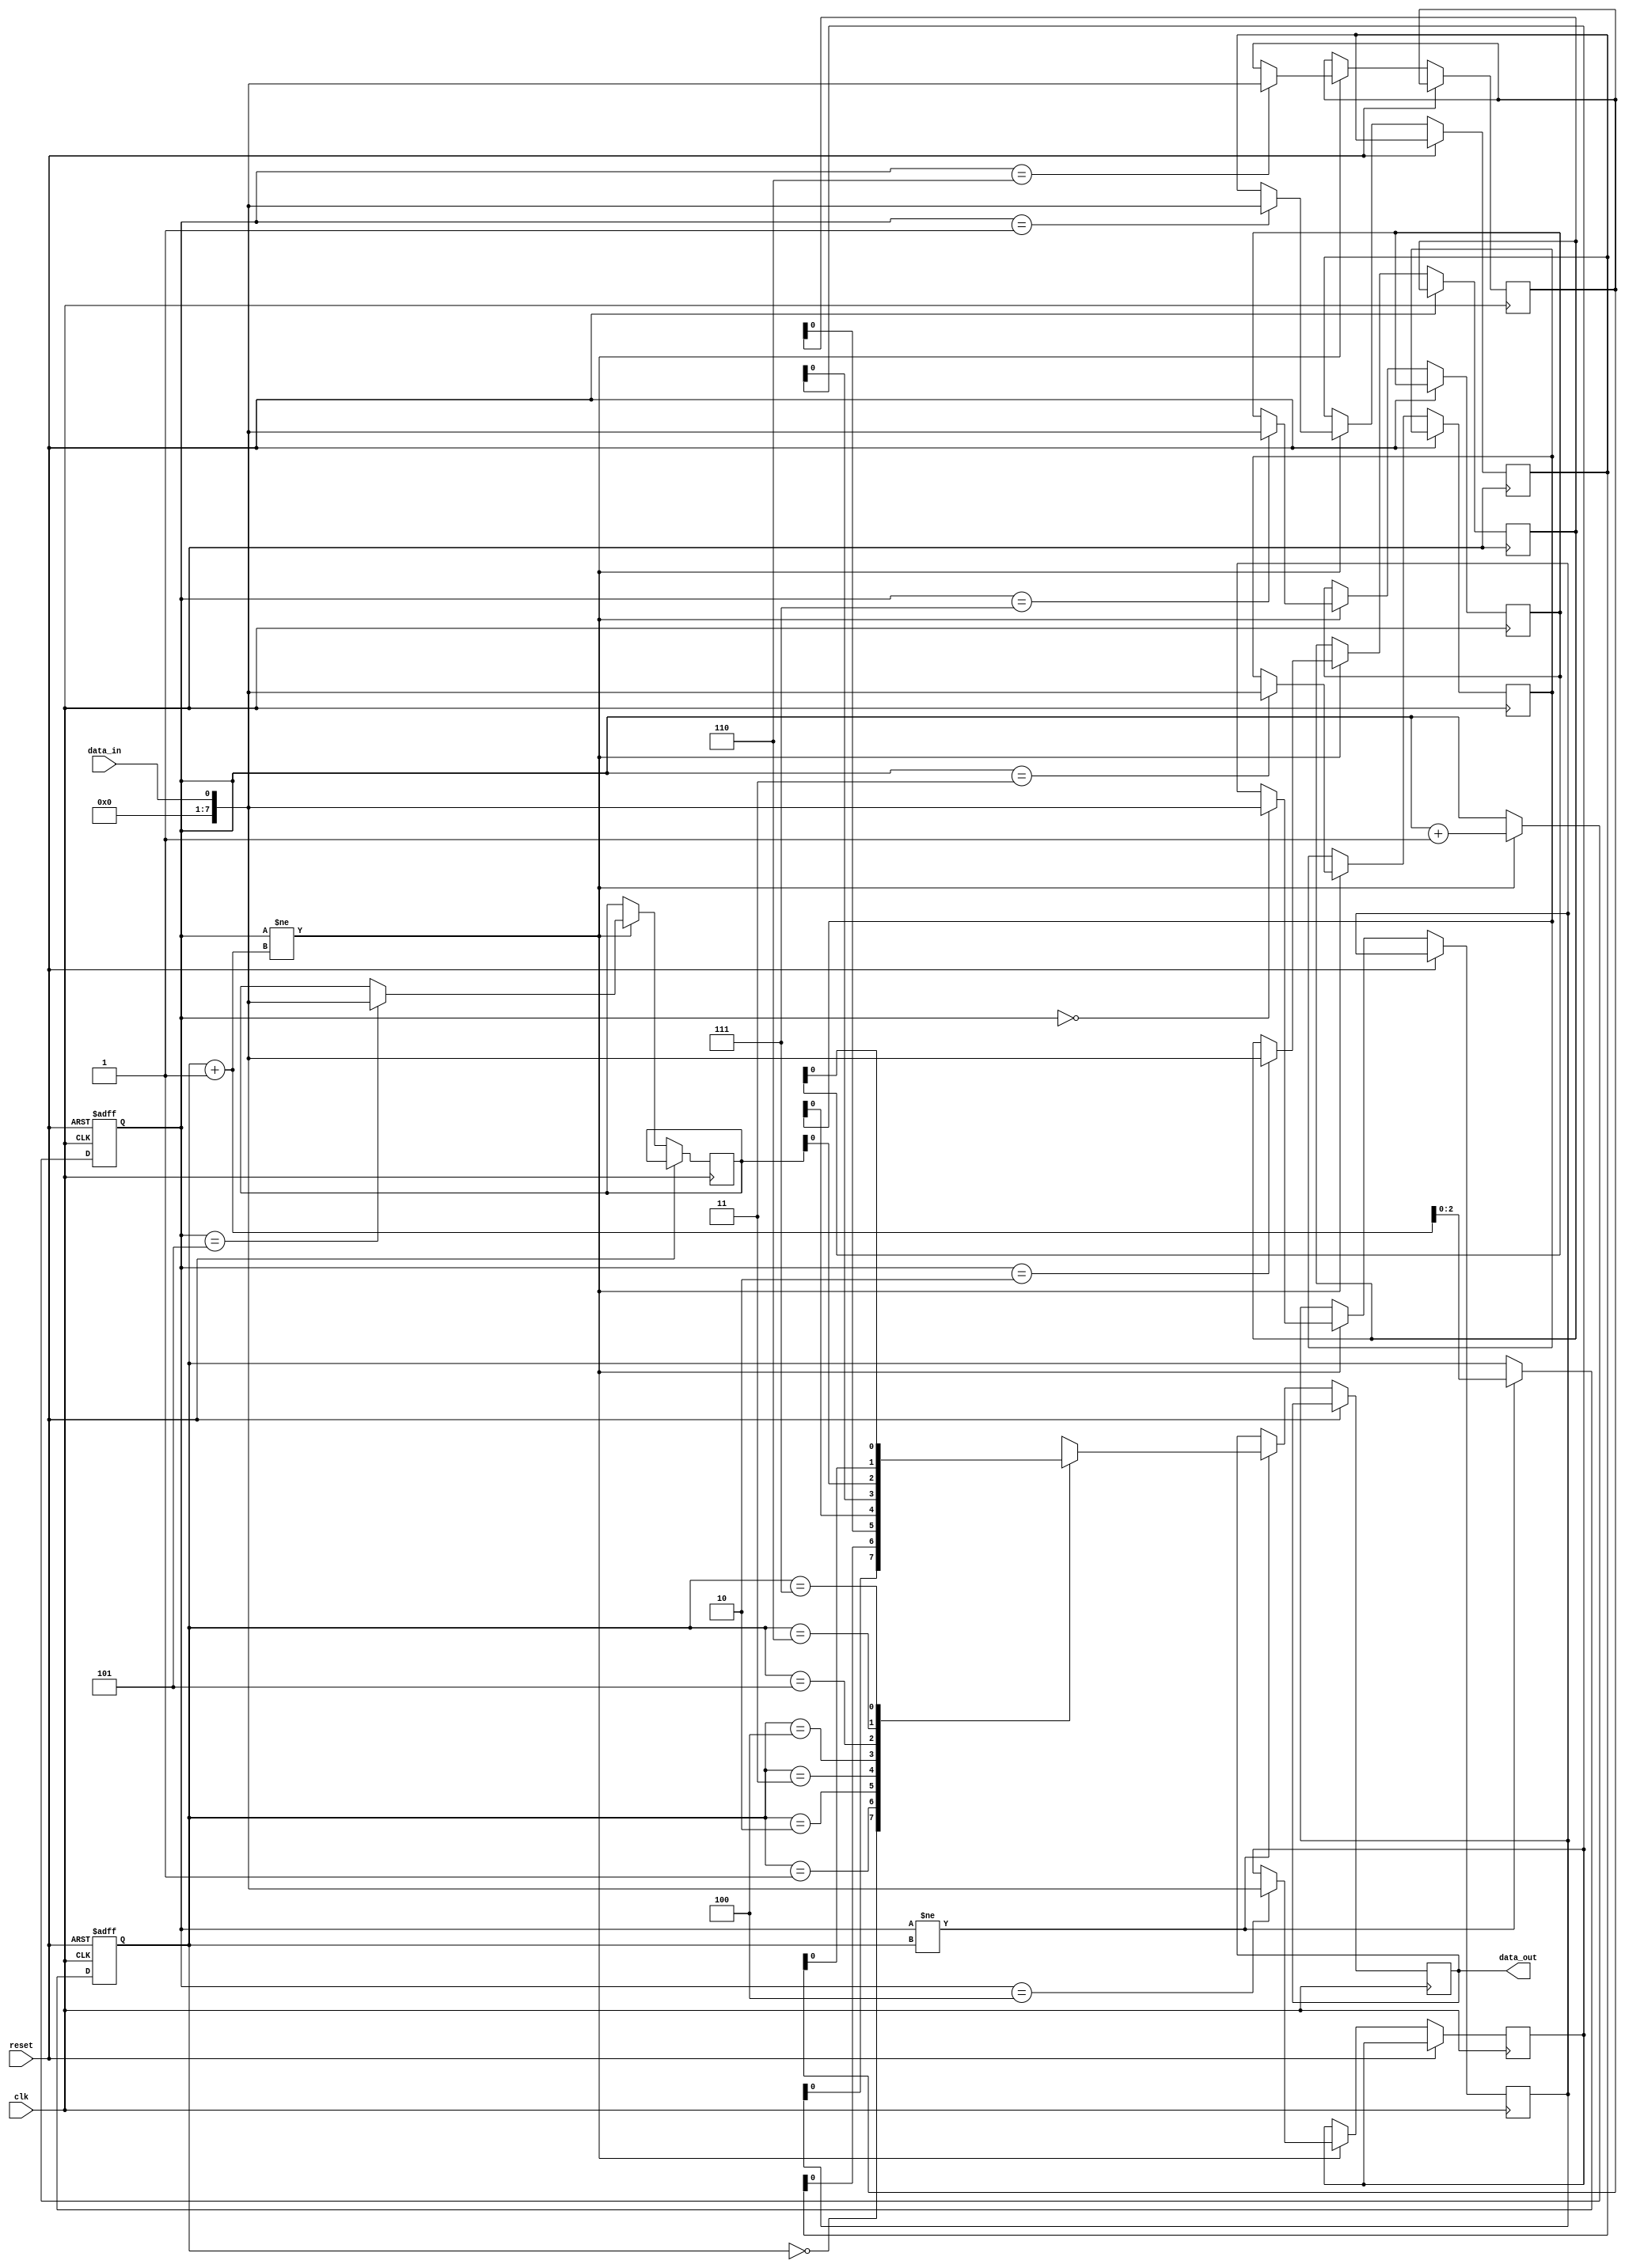
module fifo_buffer(
  input wire clk,
  input wire reset,
  input wire data_in,
  output wire data_out
);

reg [7:0] buffer [0:7];
reg [2:0] write_ptr = 0;
reg [2:0] read_ptr = 0;
reg [2:0] next_write_ptr, next_read_ptr;

always @(posedge clk or posedge reset) begin
  if (reset) begin
    write_ptr <= 0;
    read_ptr <= 0;
  end else begin
    next_write_ptr = write_ptr;
    next_read_ptr = read_ptr;
    
    if (write_ptr != read_ptr + 1) begin
      buffer[write_ptr] <= data_in;
      next_write_ptr = write_ptr + 1;
    end
    
    if (write_ptr != read_ptr) begin
      data_out <= buffer[read_ptr];
      next_read_ptr = read_ptr + 1;
    end
    
    write_ptr <= next_write_ptr;
    read_ptr <= next_read_ptr;
  end
end

endmodule